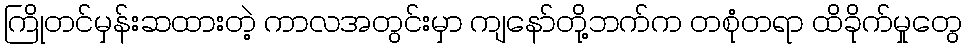
ကြိုတင်မှန်းဆထားတဲ့ ကာလအတွင်းမှာ ကျနော်တို့ဘက်က တစုံတရာ ထိခိုက်မှုတွေ